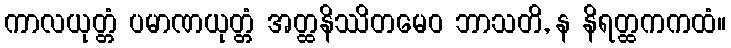
ကာလယုတ္တံ ပမာဏယုတ္တံ အတ္ထနိဿိတမေဝ ဘာသတိ, န နိရတ္ထကကထံ။